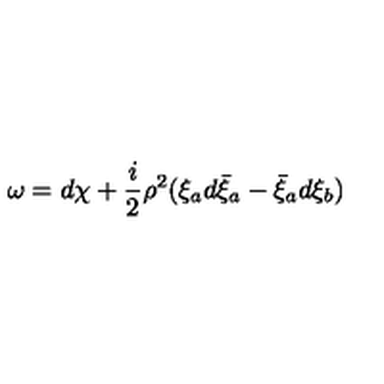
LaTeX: \omega = d \chi + \frac { i } { 2 } \rho ^ { 2 } ( \xi _ { a } d \bar { \xi } _ { a } - \bar { \xi } _ { a } d \xi _ { b } )